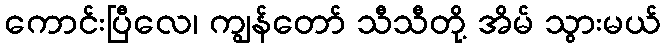
ကောင်းပြီလေ၊ ကျွန်တော် သီသီတို့ အိမ် သွားမယ်